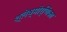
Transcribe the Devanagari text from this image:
श्लेष्मोर्णिका